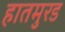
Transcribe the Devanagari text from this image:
हातमुरड